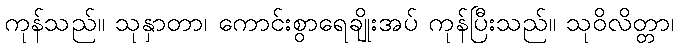
ကုန်သည်။ သုနှာတာ၊ ကောင်းစွာရေချိုးအပ် ကုန်ပြီးသည်။ သုဝိလိတ္တာ၊